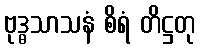
ဗုဒ္ဓသာသနံ စိရံ တိဋ္ဌတု